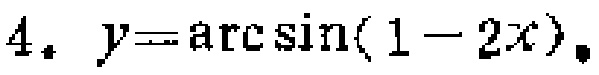
$4.\ y = \arcsin(1 - 2x)$